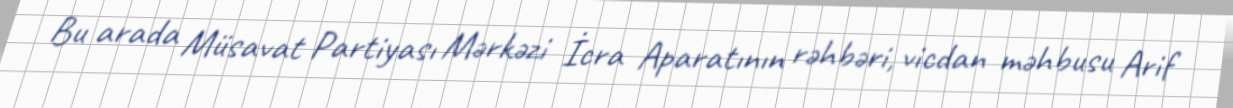
Bu arada Müsavat Partiyası Mərkəzi İcra Aparatının rəhbəri, vicdan məhbusu Arif